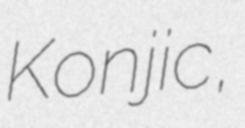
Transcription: Konjic,